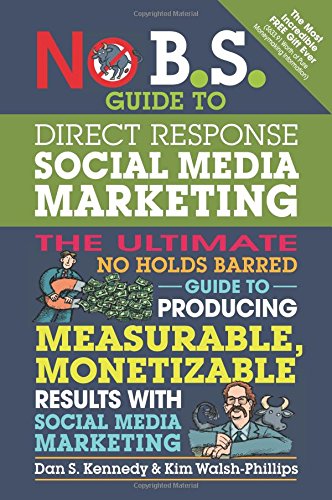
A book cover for No B.S. Guide to Direct Response Social Media Marketing: The Ultimate No Holds Barred Guide to Producing Measurable, Monetizable Results with Social Media Marketing; Dan S. Kennedy; Computers & Technology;